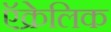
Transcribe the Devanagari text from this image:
ऍक्रेलिक